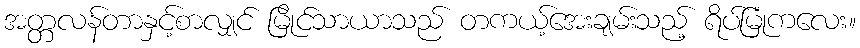
အတ္တလန်တာနှင့်စာလျှင် မြိုင်သာယာသည် တကယ့်အေးချမ်းသည့် ရိပ်မြုံကလေး။